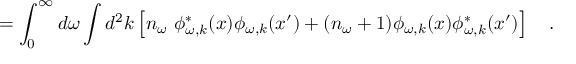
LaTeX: = \int _ { 0 } ^ { \infty } d \omega \int d ^ { 2 } k \left[ n _ { \omega } ~ \phi _ { \omega , k } ^ { * } ( x ) \phi _ { \omega , k } ( x ^ { \prime } ) + ( n _ { \omega } + 1 ) \phi _ { \omega , k } ( x ) \phi _ { \omega , k } ^ { * } ( x ^ { \prime } ) \right] ~ ~ ~ .